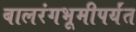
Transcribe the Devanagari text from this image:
बालरंगभूमीपर्यंत